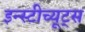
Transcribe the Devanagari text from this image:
इन्स्टीच्यूट्स